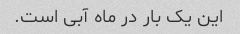
این یک بار در ماه آبی است.